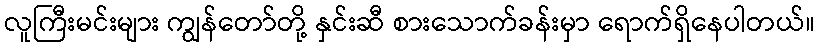
လူကြီးမင်းများ ကျွန်တော်တို့ နှင်းဆီ စားသောက်ခန်းမှာ ရောက်ရှိနေပါတယ်။